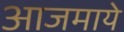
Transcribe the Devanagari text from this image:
आजमाये